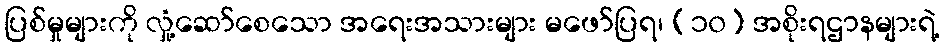
ပြစ်မှုများကို လှုံ့ဆော်စေသော အရေးအသားများ မဖော်ပြရ၊ (၁၀) အစိုးရဌာနများရဲ့